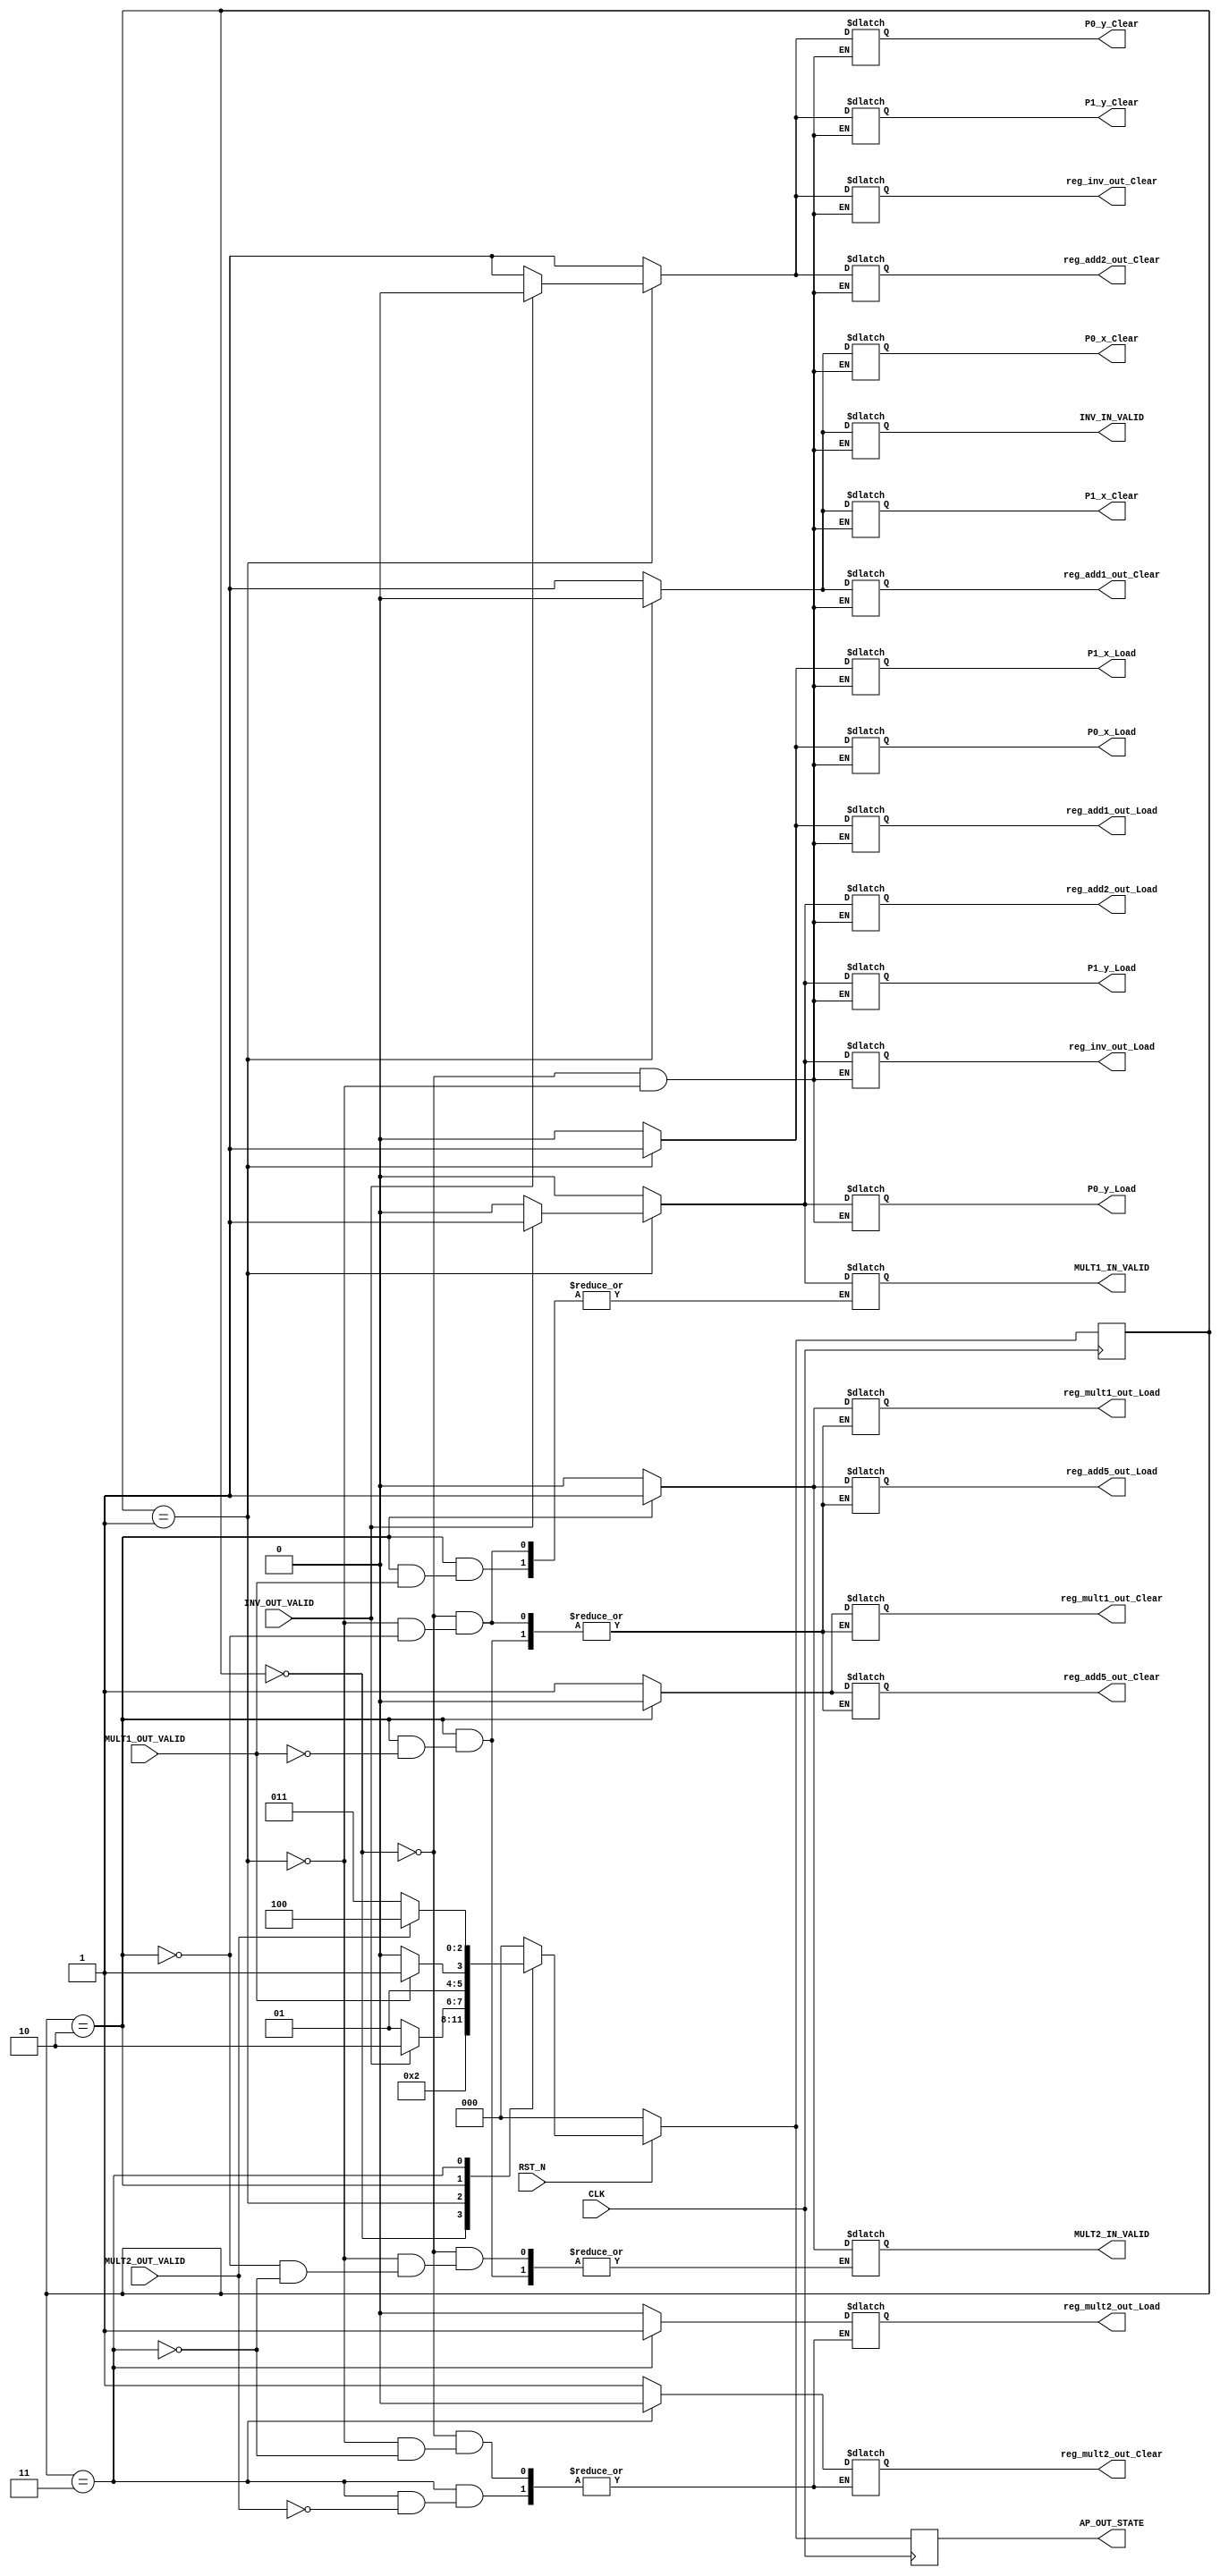
`timescale 1ns / 1ps
//////////////////////////////////////////////////////////////////////////////////
// Company: 
// Engineer: 
// 
// Design Name: 
// Module Name:    PAdd_FSM 
// Project Name: 
// Target Devices: 
// Tool versions: 
// Description: 
//
// Dependencies: 
//
// Revision: 
// Revision 0.01 - File Created
// Additional Comments: 
//
//////////////////////////////////////////////////////////////////////////////////
module ARS_PAdd_FSM(
				CLK,
				RST_N,
				P0_x_Load,
				P0_x_Clear,
				P0_y_Load,
				P0_y_Clear,
				P1_x_Load,
				P1_x_Clear,
				P1_y_Load,
				P1_y_Clear,
				reg_add1_out_Load,
				reg_add1_out_Clear,
				INV_IN_VALID,
				INV_OUT_VALID,
				reg_inv_out_Load,
				reg_inv_out_Clear,
				reg_add2_out_Load,
				reg_add2_out_Clear,
				reg_mult1_out_Load,
				reg_mult1_out_Clear,
				reg_mult2_out_Load,
				reg_mult2_out_Clear,
				reg_add5_out_Load,
				reg_add5_out_Clear,
				MULT1_IN_VALID,
				MULT1_OUT_VALID,
				MULT2_IN_VALID,
				MULT2_OUT_VALID,
				AP_OUT_STATE				
				);
input CLK, RST_N, INV_OUT_VALID, MULT1_OUT_VALID, MULT2_OUT_VALID;
output INV_IN_VALID, MULT1_IN_VALID, MULT2_IN_VALID;
output P0_x_Load, P0_x_Clear, P0_y_Load, P0_y_Clear, P1_x_Load, P1_x_Clear, P1_y_Load, P1_y_Clear;
output reg_add1_out_Load, reg_add1_out_Clear, reg_inv_out_Load, reg_inv_out_Clear;
output reg_add2_out_Load, reg_add2_out_Clear, reg_mult1_out_Load, reg_mult1_out_Clear;
output reg_mult2_out_Load, reg_mult2_out_Clear, reg_add5_out_Load, reg_add5_out_Clear;				
reg INV_IN_VALID, MULT1_IN_VALID, MULT2_IN_VALID;
reg P0_x_Load, P0_x_Clear, P0_y_Load, P0_y_Clear, P1_x_Load, P1_x_Clear, P1_y_Load, P1_y_Clear;
reg reg_add1_out_Load, reg_add1_out_Clear, reg_inv_out_Load, reg_inv_out_Clear;
reg reg_add2_out_Load, reg_add2_out_Clear, reg_mult1_out_Load, reg_mult1_out_Clear;
reg reg_mult2_out_Load, reg_mult2_out_Clear, reg_add5_out_Load, reg_add5_out_Clear;

output [2 : 0] AP_OUT_STATE;
reg [2 : 0] AP_OUT_STATE;
reg [2 : 0] cState, nState;


always @(posedge CLK)
	if(!RST_N)
		begin
//		INV_IN_VALID = 0; 
//		MULT1_IN_VALID = 0; MULT2_IN_VALID = 0;
//		P0_x_Load = 0; P0_x_Clear = 1; P0_y_Load = 0; P0_y_Clear = 1;
//		P1_x_Load = 0; P1_x_Clear = 1; P1_y_Load = 0; P1_y_Clear = 1;
//		reg_add1_out_Load = 0; reg_add1_out_Clear = 1; reg_inv_out_Load = 0; reg_inv_out_Clear = 1;
//		reg_add2_out_Load = 0; reg_add2_out_Clear = 1; reg_mult1_out_Load = 0; reg_mult1_out_Clear = 1;
//		reg_mult2_out_Load = 0; reg_mult2_out_Clear = 1; reg_add5_out_Load = 0; reg_add5_out_Clear = 1;
		
		cState = 0;
		AP_OUT_STATE = 0;
		end
	else
		begin
		cState = nState;
		AP_OUT_STATE = cState;
		end

always @(cState)
	case(cState)
		3'b000 : begin //initial state
		INV_IN_VALID = 1; 
		MULT1_IN_VALID = 0; MULT2_IN_VALID = 0;
		P0_x_Load = 0; P0_x_Clear = 1; P0_y_Load = 0; P0_y_Clear = 1;
		P1_x_Load = 0; P1_x_Clear = 1; P1_y_Load = 0; P1_y_Clear = 1;
		reg_add1_out_Load = 0; reg_add1_out_Clear = 1; reg_inv_out_Load = 0; reg_inv_out_Clear = 1;
		reg_add2_out_Load = 0; reg_add2_out_Clear = 1; reg_mult1_out_Load = 0; reg_mult1_out_Clear = 1;
		reg_mult2_out_Load = 0; reg_mult2_out_Clear = 1; reg_add5_out_Load = 0; reg_add5_out_Clear = 1;
				  nState = 3'b001;
				  end
		3'b001 : begin //1. inv
		//INV_IN_VALID = 1; 
		MULT1_IN_VALID = 0; MULT2_IN_VALID = 0;
		P0_x_Load = 1; P0_x_Clear = 0; P0_y_Load = 0; P0_y_Clear = 1;
		P1_x_Load = 1; P1_x_Clear = 0; P1_y_Load = 0; P1_y_Clear = 1;
		reg_add1_out_Load = 1; reg_add1_out_Clear = 0; reg_inv_out_Load = 0; reg_inv_out_Clear = 1;
		reg_add2_out_Load = 0; reg_add2_out_Clear = 1; reg_mult1_out_Load = 0; reg_mult1_out_Clear = 1;
		reg_mult2_out_Load = 0; reg_mult2_out_Clear = 1; reg_add5_out_Load = 0; reg_add5_out_Clear = 1;
					if(INV_OUT_VALID)
						begin
						INV_IN_VALID = 0;
						P0_y_Load = 1; P0_y_Clear = 0;
						P1_y_Load = 1; P1_y_Clear = 0;
						reg_add2_out_Load = 1; reg_add2_out_Clear = 0;
						reg_inv_out_Load = 1; reg_inv_out_Clear = 0;
						MULT1_IN_VALID = 1;
												
						nState = 3'b010;
						end
					else
						begin
						INV_IN_VALID = 0; 
						nState = 3'b001;
						end
				  end
		3'b010 : begin //2.mult1

					if(MULT1_OUT_VALID)   //mult1 finish...
						begin
						reg_mult1_out_Load = 1; reg_mult1_out_Clear = 0;
						reg_add5_out_Load = 1; reg_add5_out_Clear = 0;
						MULT2_IN_VALID = 1;
						
						nState = 3'b011;
						end
					else
						begin
						MULT1_IN_VALID = 0; 
						nState = 3'b010;
						end
				  end
		3'b011 : begin //3.mult2	
					if(MULT2_OUT_VALID)
						begin
						reg_mult2_out_Load = 1; reg_mult2_out_Clear = 0;
						MULT2_IN_VALID = 0;
						nState = 3'b100;
						end
					else
						begin
						MULT2_IN_VALID = 0; 
						nState = 3'b011;
						end
				  end
		default : begin
					nState = 3'b000;

				  end
		endcase



endmodule